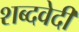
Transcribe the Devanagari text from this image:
शब्दवेदी